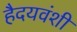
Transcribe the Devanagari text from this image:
हैदयवंशी